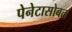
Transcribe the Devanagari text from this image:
पेनेटासोबत